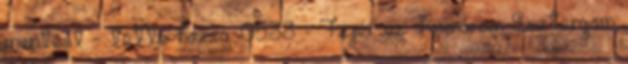
mentést - tette hozzá. 05:33 - Fejér és Komárom-Esztergom